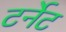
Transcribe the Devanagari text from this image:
टर्नेट